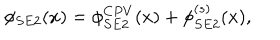
\phi _ { S E 2 } ( x ) = \phi _ { S E 2 } ^ { C P V } ( x ) + \phi _ { S E 2 } ^ { ( s ) } ( x ) ,